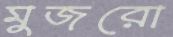
মুজরো